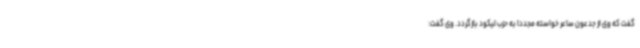
گفت که وی از جدعون ساعر خواسته مجددا به حزب لیکود بازگردد. وی گفت: